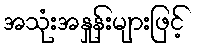
အသုံးအနှုန်းများဖြင့်